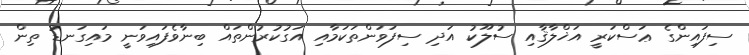
ސިފައިންގެ ޢަސްކަރީ އަޚްލާޤާއި ސުލޫކު އަދި ސިފަވަންތަކަމާއި އަގުކުރުންތައް ބިނާވެފައިވަނީ މައިގަނޑު ތިން